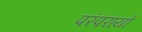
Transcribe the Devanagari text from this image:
परंपरायों